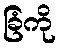
ခြံကို